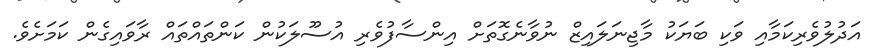
އަދުލުވެރިކަމާއި ވަކި ބަޔަކު މާޖިނަލައިޒް ނުވާނެގޮތަށް އިންސާފުވެރި އުސޫލަކުން ކަންތައްތައް ރާވައިގެން ކަމަށެވެ.